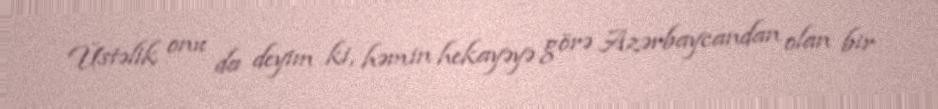
Üstəlik onu da deyim ki, həmin hekayəyə görə Azərbaycandan olan bir